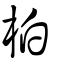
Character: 栢